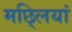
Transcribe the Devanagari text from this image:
मछ्लियां